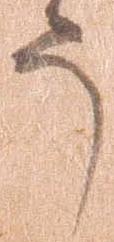
う